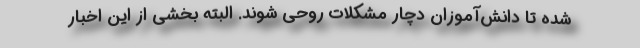
شده تا دانش‌آموزان دچار مشکلات روحی شوند. البته بخشی از این اخبار